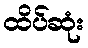
ထိပ်ဆုံး